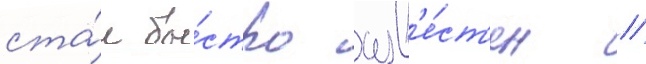
ста́л бы́стро изв'е́ст'ен //